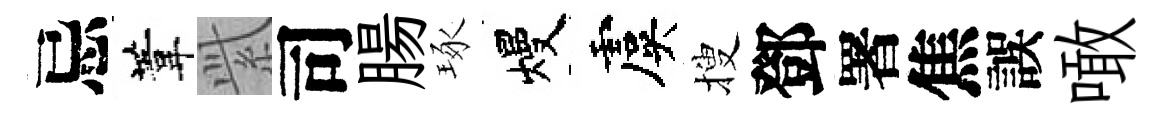
忌葦𬗋司腸琢熳虞搜鄧署焦誤噉